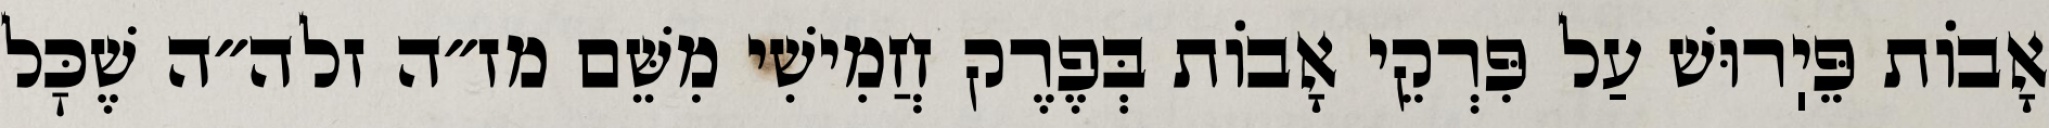
אָבוֹת פֵּיֽרוּשׁ עַל פִּרְקֵי אָבוֹת בְּפֶרֶק חֲמִישִׁי מִשֵּׁם מז״ה זלה״ה שֶׁכׇּל